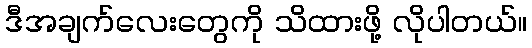
ဒီအချက်လေးတွေကို သိထားဖို့ လိုပါတယ်။